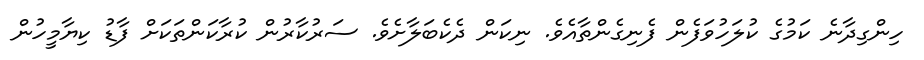
ހިންގިދާނެ ކަމުގެ ކުލަހުވަފެން ފެނިގެންތާއެވެ. ނިކަން ދެކެބަލާށެވެ. ސަރުކާރުން ކުރާކަންތަކަށް ފާޑު ކިޔާމީހުން